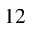
^ { 1 2 }